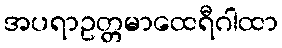
အပရာဥတ္တမာထေရီဂါထာ